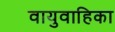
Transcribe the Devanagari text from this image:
वायुवाहिका